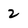
Character: 2